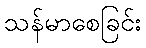
သန်မာစေခြင်း